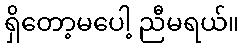
ရှိတော့မပေါ့ ညီမရယ်။